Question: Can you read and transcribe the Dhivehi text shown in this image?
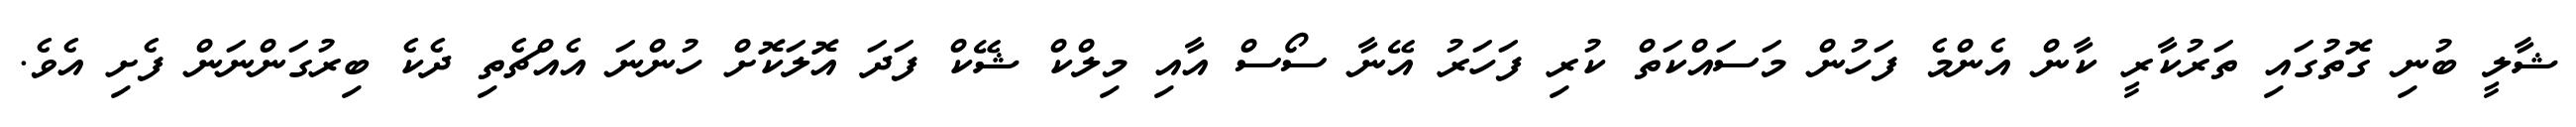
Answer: ޝާލީ ބުނި ގޮތުގައި ތަރުކާރީ ކާން އެންމެ ފަހުން މަސައްކަތް ކުރި ފަހަރު އޭނާ ސޯސް އާއި މިލްކް ޝޭކް ފަދަ އޮލަކޮށް ހުންނަ އެއްޗެތި ދެކެ ބިރުގަންނަން ފެށި އެވެ.